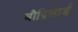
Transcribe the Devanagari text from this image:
बौद्रिलार्ड